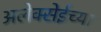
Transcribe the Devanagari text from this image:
अलेक्सेईच्या